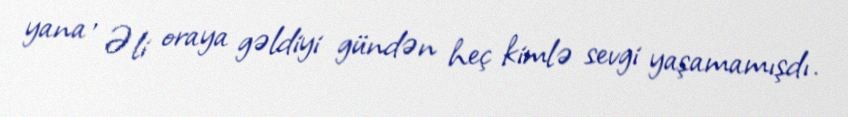
yana , Əli oraya gəldiyi gündən heç kimlə sevgi yaşamamışdı.